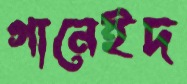
গানেইদ